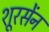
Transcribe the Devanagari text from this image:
शूरसेंन